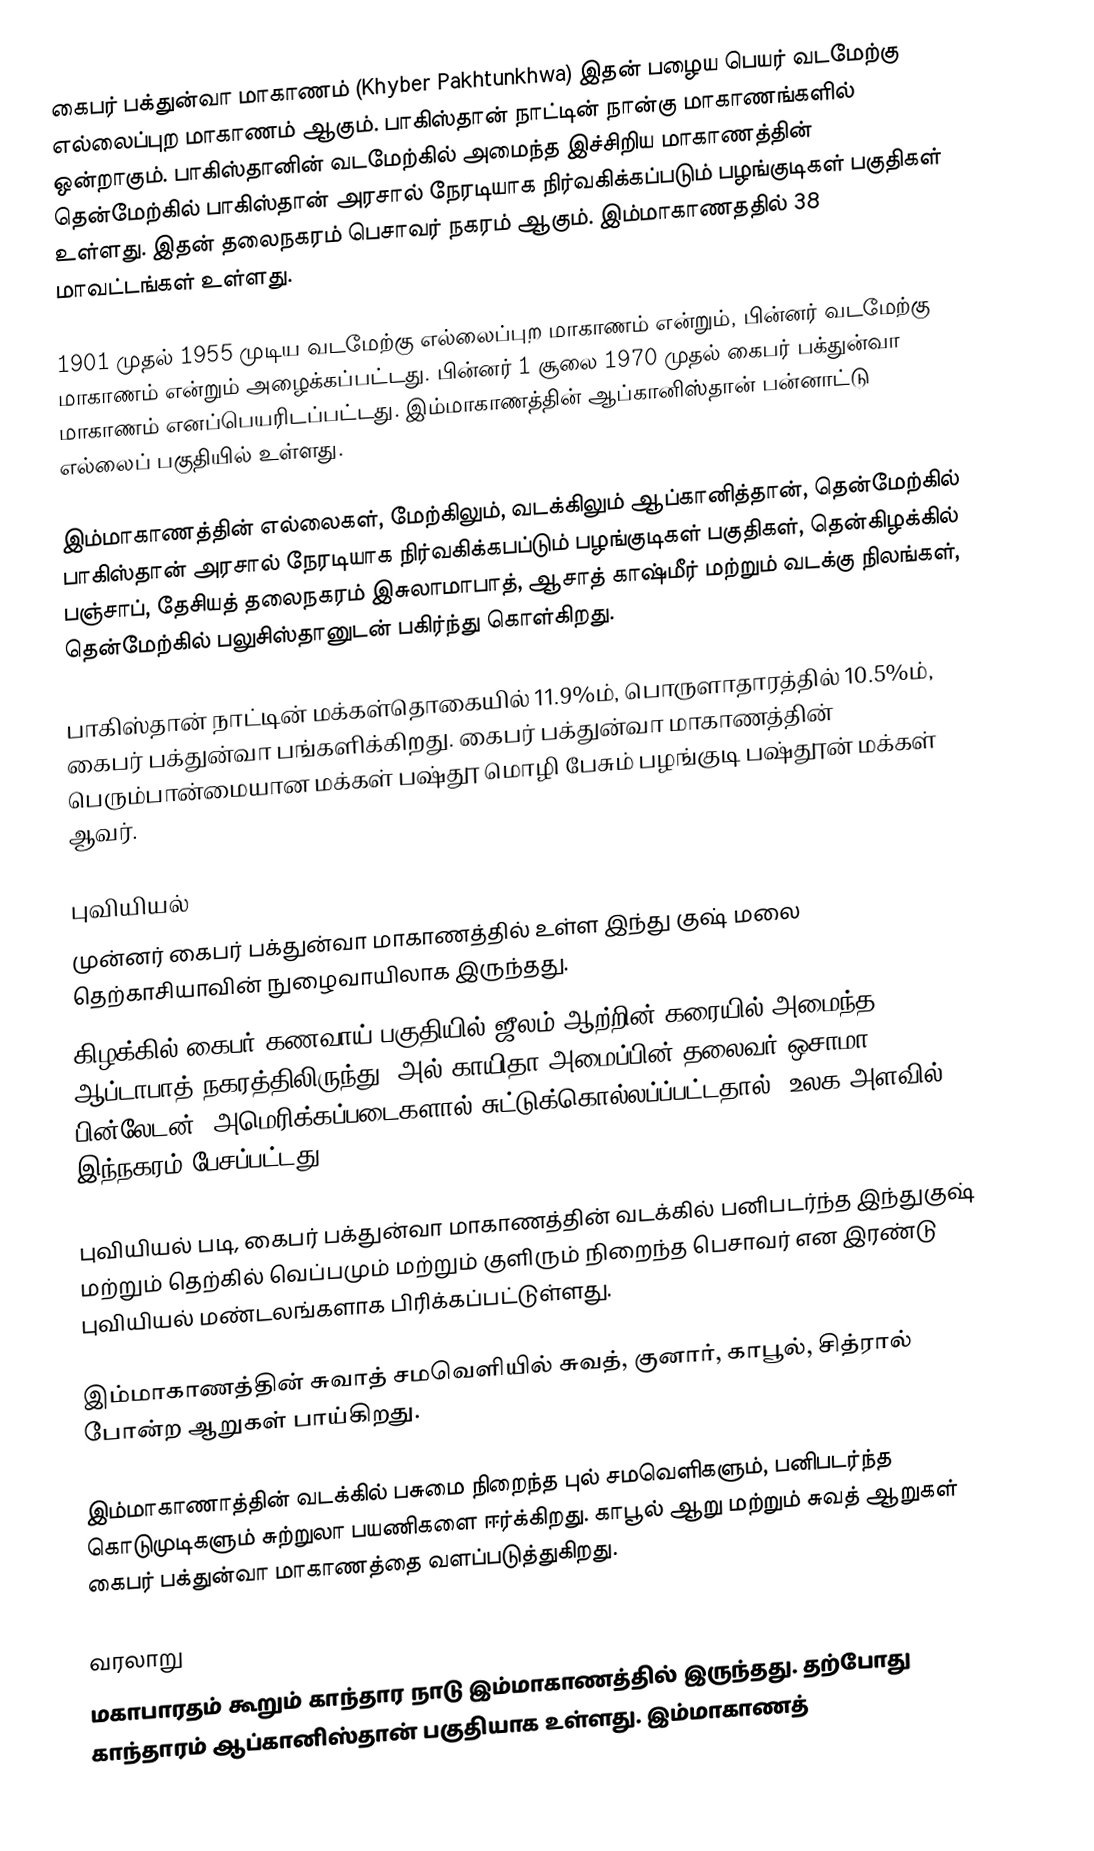
கைபர் பக்துன்வா மாகாணம் (Khyber Pakhtunkhwa) இதன் பழைய பெயர் வடமேற்கு எல்லைப்புற மாகாணம் ஆகும். பாகிஸ்தான் நாட்டின் நான்கு மாகாணங்களில் ஒன்றாகும். பாகிஸ்தானின் வடமேற்கில் அமைந்த இச்சிறிய மாகாணத்தின் தென்மேற்கில் பாகிஸ்தான் அரசால் நேரடியாக நிர்வகிக்கப்படும் பழங்குடிகள் பகுதிகள் உள்ளது. இதன் தலைநகரம் பெசாவர் நகரம் ஆகும். இம்மாகாணததில் 38 மாவட்டங்கள் உள்ளது.

1901 முதல் 1955 முடிய வடமேற்கு எல்லைப்புற மாகாணம் என்றும், பின்னர் வடமேற்கு மாகாணம் என்றும் அழைக்கப்பட்டது. பின்னர் 1 சூலை 1970 முதல் கைபர் பக்துன்வா மாகாணம் எனப்பெயரிடப்பட்டது. இம்மாகாணத்தின் ஆப்கானிஸ்தான் பன்னாட்டு எல்லைப் பகுதியில் உள்ளது.

இம்மாகாணத்தின் எல்லைகள், மேற்கிலும், வடக்கிலும் ஆப்கானித்தான், தென்மேற்கில் பாகிஸ்தான் அரசால் நேரடியாக நிர்வகிக்கபப்டும் பழங்குடிகள் பகுதிகள், தென்கிழக்கில் பஞ்சாப், தேசியத் தலைநகரம் இசுலாமாபாத், ஆசாத் காஷ்மீர் மற்றும் வடக்கு நிலங்கள், தென்மேற்கில் பலுசிஸ்தானுடன் பகிர்ந்து கொள்கிறது.

பாகிஸ்தான் நாட்டின் மக்கள்தொகையில் 11.9%ம், பொருளாதாரத்தில் 10.5%ம், கைபர் பக்துன்வா பங்களிக்கிறது. கைபர் பக்துன்வா மாகாணத்தின் பெரும்பான்மையான மக்கள் பஷ்தூ மொழி பேசும் பழங்குடி பஷ்தூன் மக்கள் ஆவர்.

புவியியல்
முன்னர் கைபர் பக்துன்வா மாகாணத்தில் உள்ள இந்து குஷ் மலை தெற்காசியாவின் நுழைவாயிலாக இருந்தது.
கிழக்கில் கைபர் கணவாய்  பகுதியில் ஜீலம் ஆற்றின் கரையில் அமைந்த ஆப்டாபாத் நகரத்திலிருந்து, அல் காயிதா அமைப்பின் தலைவர்  ஒசாமா பின்லேடன், அமெரிக்கப்படைகளால் சுட்டுக்கொல்லப்ப்பட்டதால், உலக அளவில் இந்நகரம் பேசப்பட்டது.

புவியியல் படி, கைபர் பக்துன்வா மாகாணத்தின் வடக்கில் பனிபடர்ந்த இந்துகுஷ் மற்றும் தெற்கில் வெப்பமும் மற்றும் குளிரும் நிறைந்த பெசாவர் என இரண்டு புவியியல் மண்டலங்களாக பிரிக்கப்பட்டுள்ளது.

இம்மாகாணத்தின்  சுவாத் சமவெளியில் சுவத், குனார், காபூல், சித்ரால் போன்ற ஆறுகள் பாய்கிறது.

இம்மாகாணாத்தின் வடக்கில் பசுமை நிறைந்த புல் சமவெளிகளும், பனிபடர்ந்த கொடுமுடிகளும் சுற்றுலா பயணிகளை ஈர்க்கிறது. காபூல் ஆறு மற்றும் சுவத் ஆறுகள் கைபர் பக்துன்வா மாகாணத்தை வளப்படுத்துகிறது.

வரலாறு
மகாபாரதம் கூறும்  காந்தார நாடு இம்மாகாணத்தில் இருந்தது. தற்போது காந்தாரம் ஆப்கானிஸ்தான் பகுதியாக உள்ளது. இம்மாகாணத்